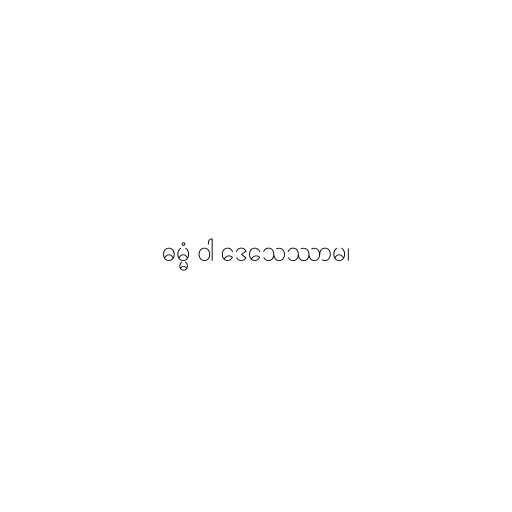
ဓမ္မံ ဝါ ဒေသေဿာမ၊